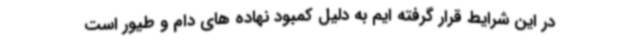
در این شرایط قرار گرفته ایم به دلیل کمبود نهاده های دام و طیور است